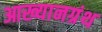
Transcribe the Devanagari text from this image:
आख्यानग्रंथ